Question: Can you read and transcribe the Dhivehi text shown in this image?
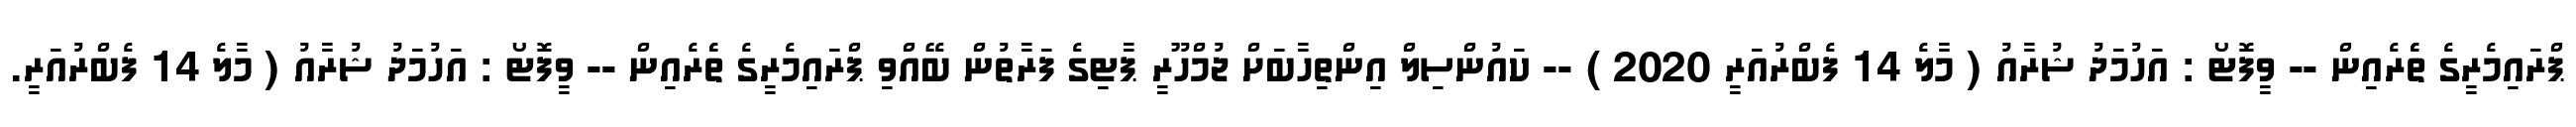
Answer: ޕްރައިމެރީގެ ތެެރެއިން -- ވީފޮޓޯ : އަހުމަދު ޝުރާއު ( މާލެ 14 ފެބްރުއަރީ 2020 ) -- ކައުންސިލް އިންތިހާބަށް ޖުމްހޫރީ ޕާޓިގެ ފަރާތުން ބޭއްވި ޕްރައިމެރީގެ ތެެރެއިން -- ވީފޮޓޯ : އަހުމަދު ޝުރާއު ( މާލެ 14 ފެބްރުއަރީ.